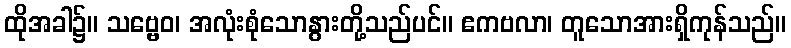
ထိုအခါ၌။ သဗ္ဗေဝ၊ အလုံးစုံသောနွားတို့သည်ပင်။ ဧကဗလာ၊ တူသောအားရှိကုန်သည်။